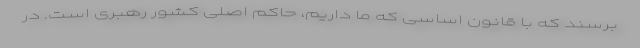
برسند که با قانون اساسی که ما داریم، حاکم اصلی کشور رهبری است. در